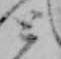
と